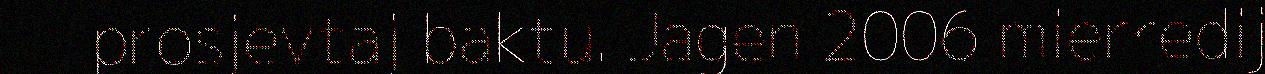
prosjevtaj baktu. Jagen 2006 mierredij